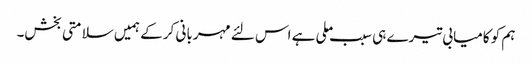
ہم کو کامیابی تیرے ہی سبب ملی ہے اس لئے مہربانی کر کے ہمیں سلامتی بخش۔